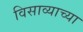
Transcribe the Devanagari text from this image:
विसाव्याच्या